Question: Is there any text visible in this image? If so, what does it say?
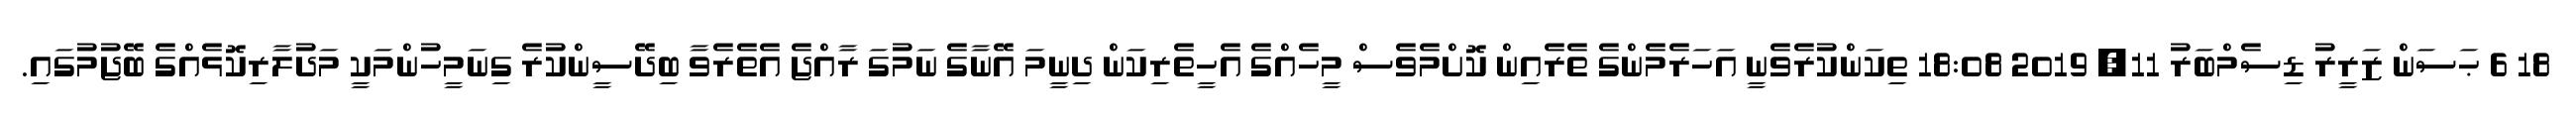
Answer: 18 6 ޙަސަން ޒަރީރު ޑިސެމްބަރު 11, 2019 18:08 ތިކަންކުރެވެނީ އަހަރެމެންގެ ތެރެއިން ކޮށްމެވެސް މީހެއްގެ އެހީތެރިކަން ދިނީމަ އޭނާގެ ނަމުގަ ރާއްޖެ އެތެރެވާ ބިދޭސީންކުރެ ގިނަމީހުންމަކީ މަދުލާރިކޮޅެއްގެ ބޭޖުމުގައި.